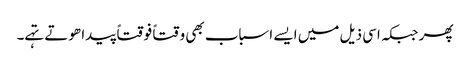
پھر جبکہ اسی ذیل میں ایسے اسباب بھی وقتاً فوقتاً پیدا ھوتے تہے۔